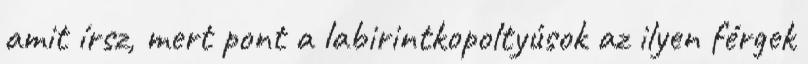
amit írsz, mert pont a labirintkopoltyúsok az ilyen férgek